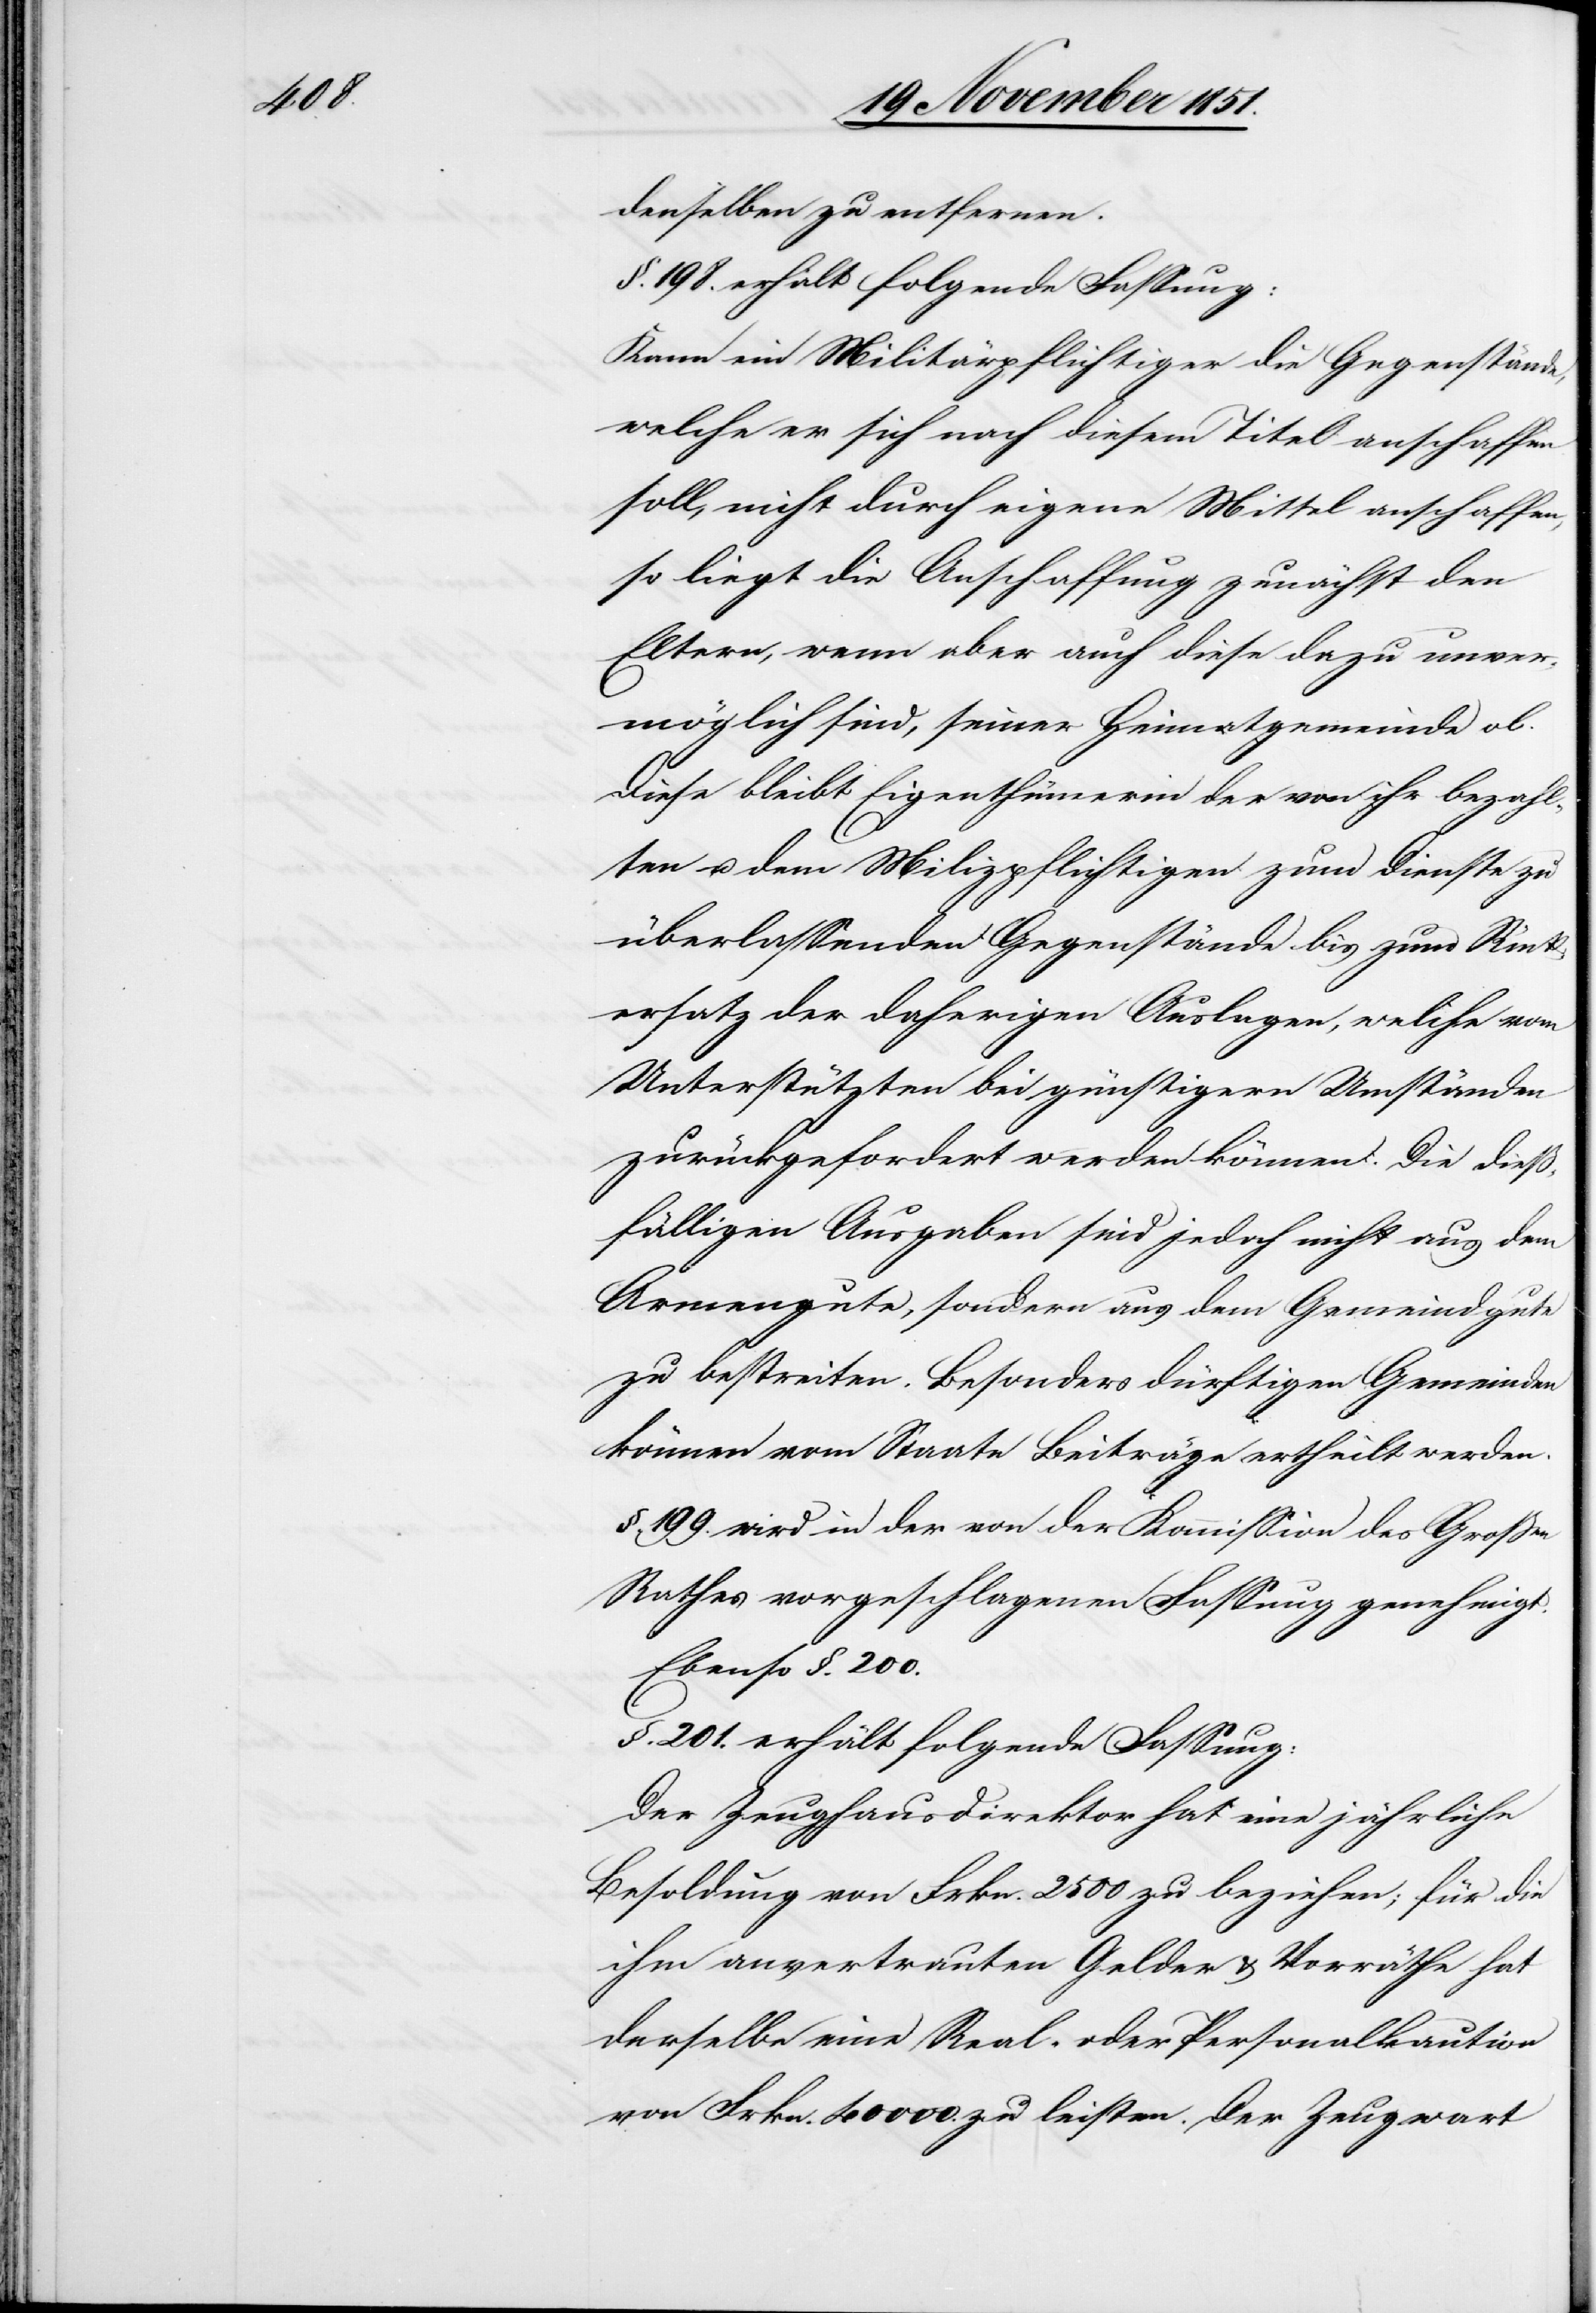
denselben zu entfernen.
§. 198. erhält folgende Fassung:
Kann ein Militärpflichtiger die Gegenstände,
welche er sich nach diesem Titel anschaffen
soll, nicht durch eigene Mittel anschaffen,
so liegt die Anschaffung zunächst den
Eltern, wenn aber auch diese dazu unver¬
möglich sind, seiner Heimatgemeinde ob.
Diese bleibt Eigenthümerin der von ihr bezahl¬
ten u. dem Milizpflichtigen zum Dienste zu
überlassenden Gegenstände bis zum Rück¬
ersatz der daherigen Auslagen, welche vom
Unterstützten bei günstigern Umständen
zurückgefordert werden können. Die dieß¬
fälligen Ausgaben sind jedoch nicht aus dem
Armengute, sondern aus dem Gemeindgute
zu bestreiten. Besonders dürftigen Gemeinden
können vom Staate Beiträge ertheilt werden.
§. 199. wird in der von der Kommission des Große
Rathes vorgeschlagenen Fassung genehmigt.
Ebenso §. 200.
§. 201. erhält folgende Fassung:
Der Zeughausdirektor hat eine jährliche
Besoldung von Frkn. 2500 zu beziehen; für die
ihm anvertrauten Gelder & Vorräthe hat
derselbe eine Real- oder Personalkaution
von Frkn. 40000. zu leisten. Der Zeugwart